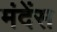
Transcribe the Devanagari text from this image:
मंदेंस